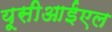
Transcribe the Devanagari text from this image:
यूसीआईएल